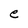
Character: e